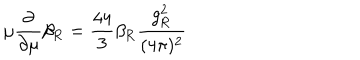
\mu \frac { \partial } { \partial \mu } \beta _ { \mathrm { R } } = \frac { 4 4 } 3 \beta _ { \mathrm { R } } \frac { g _ { \mathrm { R } } ^ { 2 } } { ( 4 \pi ) ^ { 2 } }